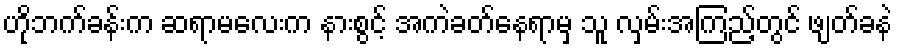
ဟိုဘက်ခန်းက ဆရာမလေးက နားစွင့် အကဲခတ်နေရာမှ သူ လှမ်းအကြည့်တွင် ဖျတ်ခနဲ